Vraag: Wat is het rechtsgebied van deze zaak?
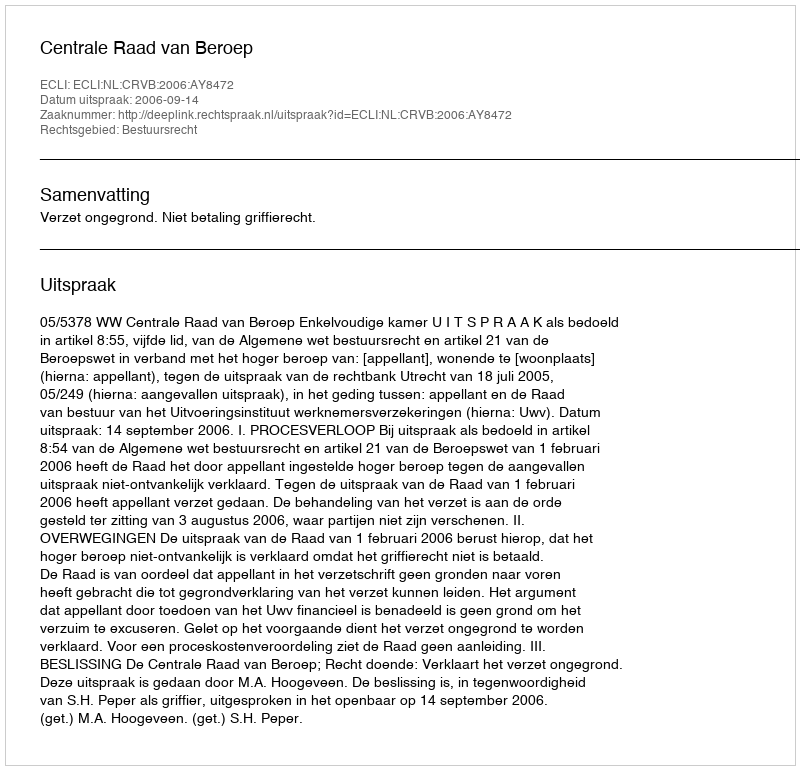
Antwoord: Bestuursrecht